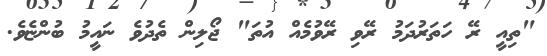
"ތިއީ ރޭ ހަތަރުދަމު ރޭވި ރޭވުމެއް އުތަ" ޖޯލިން ތެދުވެ ނައީމު ބުންޏެވެ.